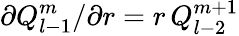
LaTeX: \partial Q_{l-1}^{m}/\partial r=r\, Q_{l-2}^{m+1}